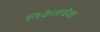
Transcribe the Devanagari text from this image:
निकेलबेक